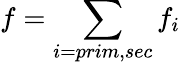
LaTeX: f=\sum_{i=prim,sec}f_{i}